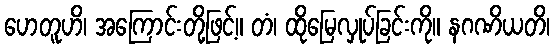
ဟေတူဟိ၊ အကြောင်းတို့ဖြင့်။ တံ၊ ထိုမြေလှုပ်ခြင်းကို။ နဂဏိယတိ၊